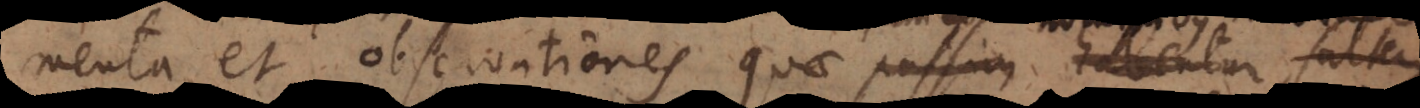
experimenta et observationes quae passim habentur, saltem